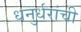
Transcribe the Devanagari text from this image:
धनुर्धरांची